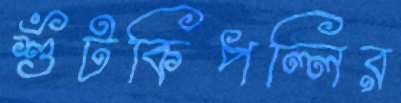
শুঁটকিপল্লির